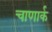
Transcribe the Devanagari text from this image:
चाणार्क